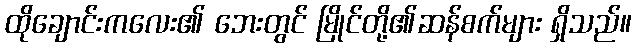
ထိုချောင်းကလေး၏ ဘေးတွင် မြိုင်တို့၏ဆန်စက်များ ရှိသည်။